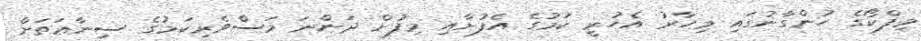
މިފްކޯގެ ހުންގާނުގައި މިހާރު އެހުރީ ކަމުގެ އެފުށާއި މިފުށް ދަންނަ މަސްވެރިކަމުގެ ސިނާޢަތަށް